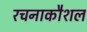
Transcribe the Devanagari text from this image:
रचनाकौशल